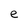
Character: e